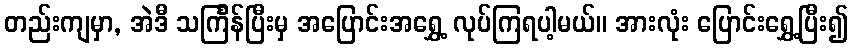
တည်းကျမှာ, အဲဒီ သင်္ကြန်ပြီးမှ အပြောင်းအရွှေ့ လုပ်ကြရပါ့မယ်။ အားလုံး ပြောင်းရွှေ့ပြီး၍